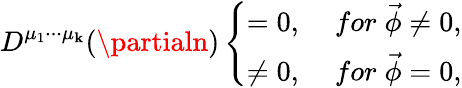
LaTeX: D^{\mu_{1}\cdot\cdot\cdot\mu_{\mathbf{k}}}(\partialn)\left\{ \begin{array}{cc}{{=0,}}&{{\; for\; \vec{\phi}\neq 0,}}\\ {{\neq 0,}}&{{\; for\; \vec{\phi}=0,}}\end{array}\right.